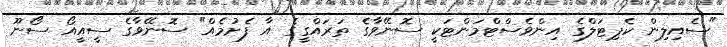
"ސެއިލިން ކެޕިޓަލްގެ އިންވެސްޓްމަންޓަކީ ސޮނޭވާގެ ތަރައްގީގެ އާ ފެށުމެއް" ސޮނޭވާގެ ސީއީއޯ ސޯނޫ